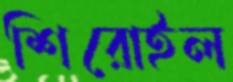
শিরোইল